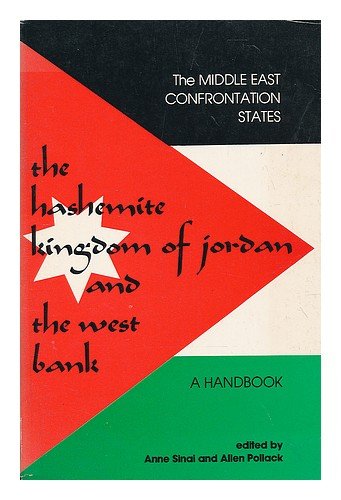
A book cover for The Hashemite Kingdom of Jordan and the West Bank: A handbook (The Middle East confrontation states); History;